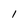
Character: 1